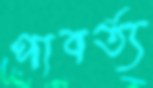
পাবর্ত্য